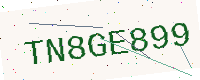
Text: TN8GE899